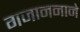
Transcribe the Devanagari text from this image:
गजाननाने